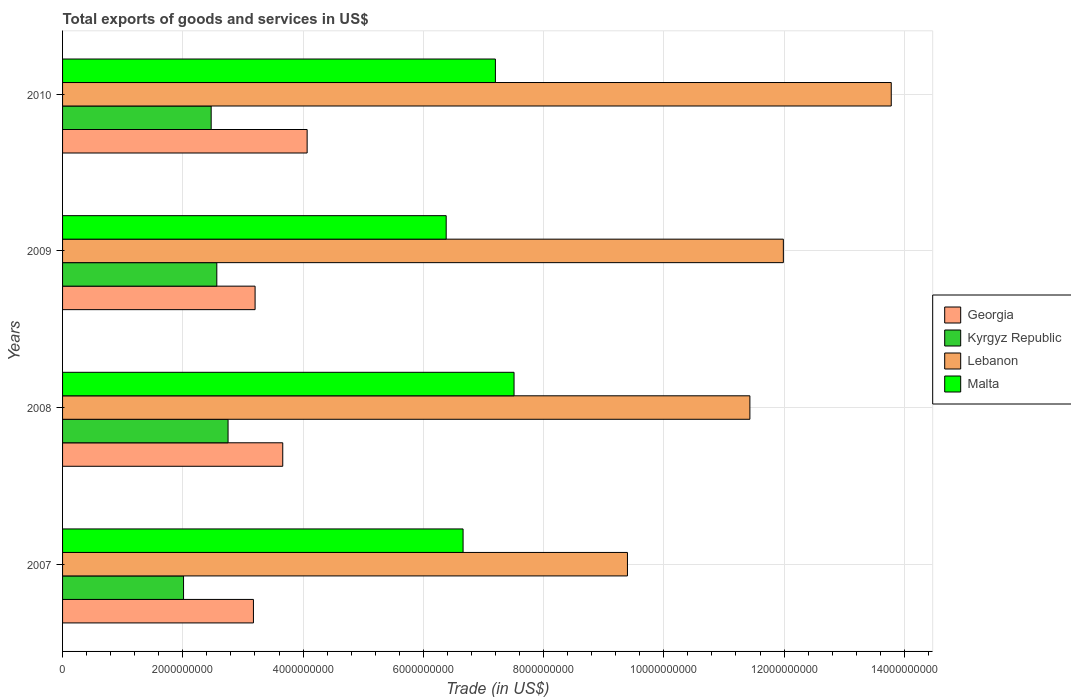
| Years | Georgia | Kyrgyz Republic | Lebanon | Malta |
 | --- | --- | --- | --- | --- |
 | 2007 | 3.17e+09 | 2.01e+09 | 9.4e+09 | 6.66e+09 |
 | 2008 | 3.66e+09 | 2.75e+09 | 1.14e+10 | 7.51e+09 |
 | 2009 | 3.2e+09 | 2.57e+09 | 1.2e+10 | 6.38e+09 |
 | 2010 | 4.07e+09 | 2.47e+09 | 1.38e+10 | 7.2e+09 |